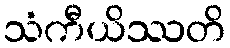
သံကီယိဿတိ